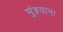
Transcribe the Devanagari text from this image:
मुंड़वाना